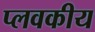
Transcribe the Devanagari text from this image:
प्लवकीय